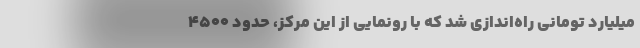
میلیارد تومانی راه‌اندازی شد که با رونمایی از این مرکز، حدود ۴۵۰۰